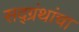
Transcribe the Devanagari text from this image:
सद्ग्रंथांचा